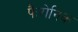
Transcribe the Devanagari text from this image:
फैरोनिक